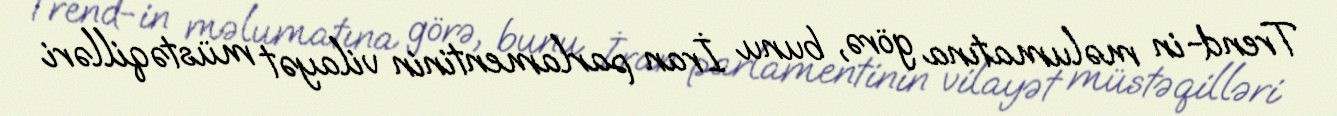
Trend-in məlumatına görə, bunu İran parlamentinin vilayət müstəqilləri